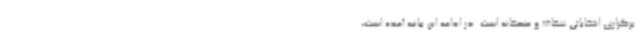
برگزاری انتخاباتی شفاف و منصفانه است. در ادامه این بیانیه آمده است،